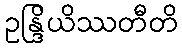
ဥန္ဒြိယိဿတီတိ